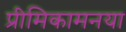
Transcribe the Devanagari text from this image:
प्रीमिकामनया